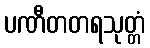
ပဏီတတရသုတ္တံ